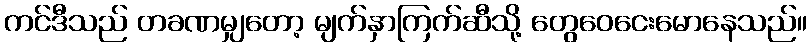
ကင်ဒီသည် တခဏမျှတော့ မျက်နှာကြက်ဆီသို့ တွေဝေငေးမောနေသည်။